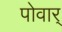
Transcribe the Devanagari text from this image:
पोवार्